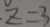
z = 3